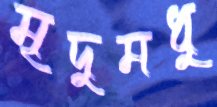
মৃদুমধু